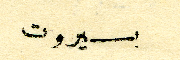
بيروت